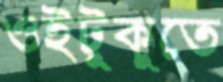
ওইটুকুতে